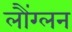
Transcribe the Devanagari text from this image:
लौंग्लन